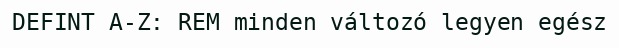
DEFINT A-Z: REM minden változó legyen egész